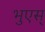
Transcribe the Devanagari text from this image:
भुएस्‌